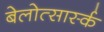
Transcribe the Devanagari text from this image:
बेलोत्सार्स्क